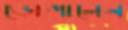
ভোগালেন